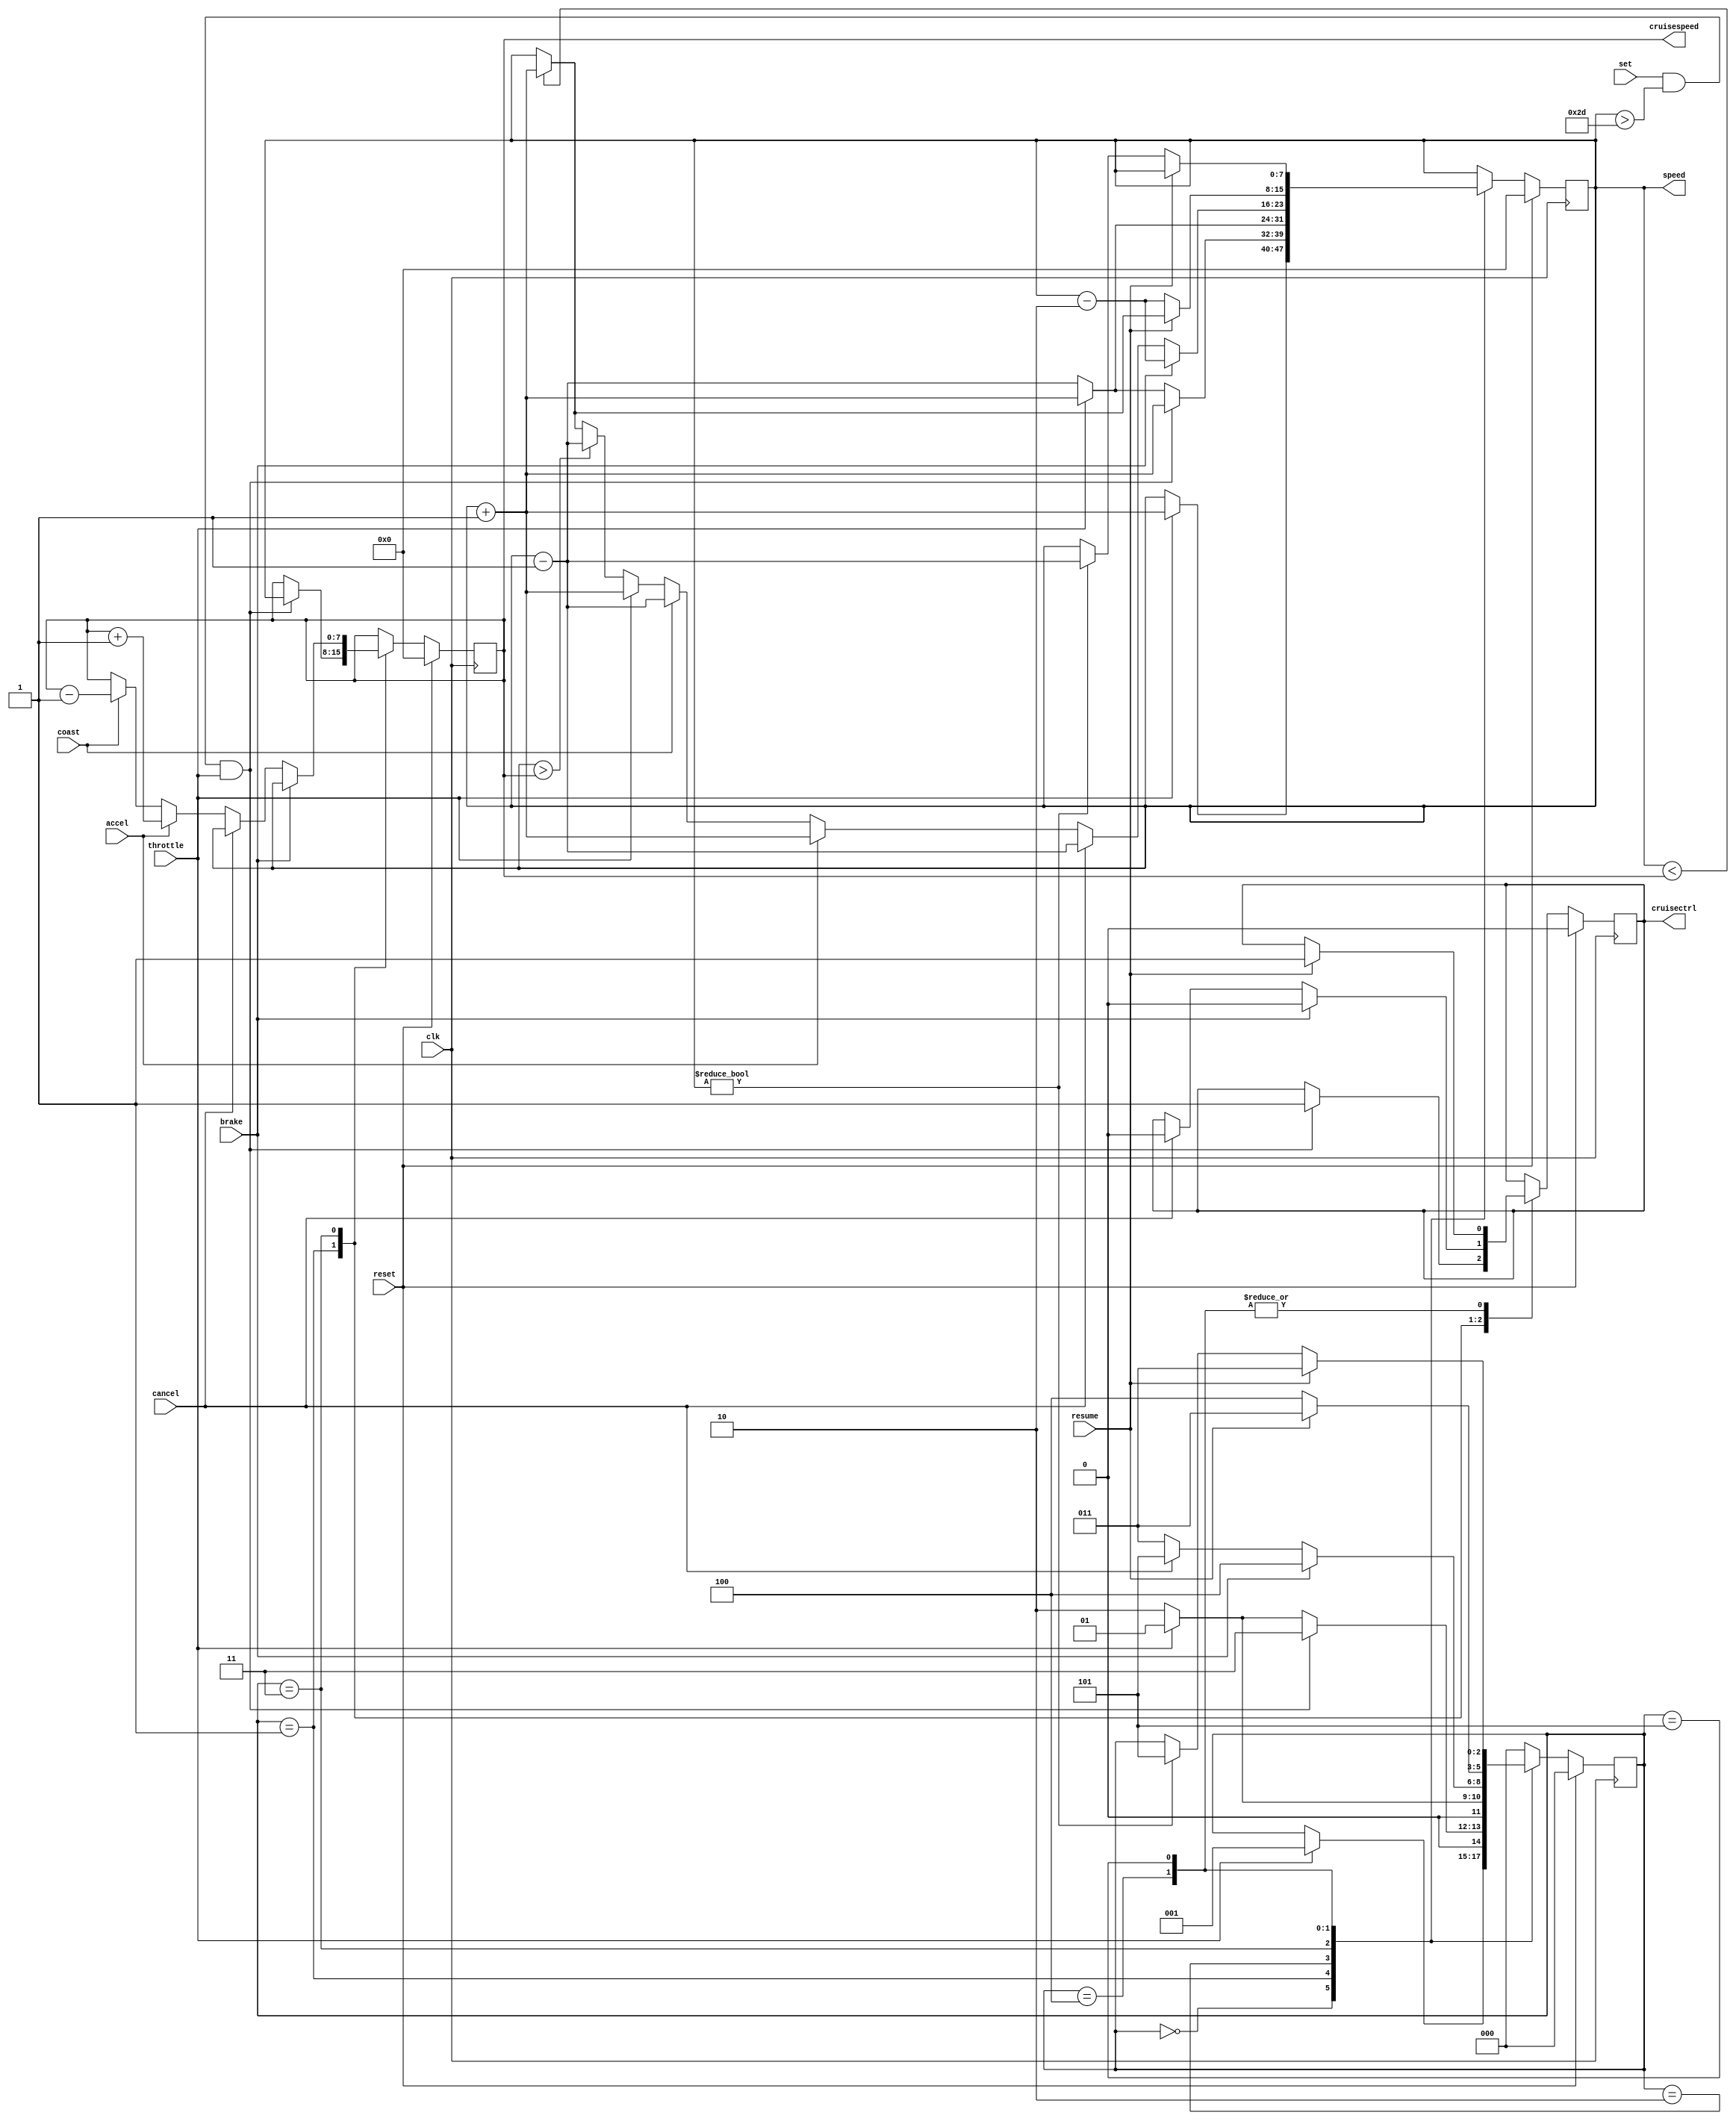
module cruisecontrol(
clk,
reset,
throttle,
set,
accel,
coast,
cancel,
resume,
brake,
speed,
cruisespeed,
cruisectrl
);

//input and outputs
input clk;
input reset;
input throttle;
input set;
input accel;
input coast;
input cancel;
input resume;
input brake;

wire clk;
wire reset;
wire throttle;
wire set;
wire accel;
wire coast;
wire cancel;
wire resume;
wire brake;

output reg [7:0] speed;
output reg [7:0] cruisespeed;
output reg cruisectrl;

reg [2:0] state;

//States of FSM
parameter INIT = 3'b000;
parameter ACC  = 3'b001;
parameter DEC  = 3'b010;
parameter CRCT = 3'b011;
parameter BRK  = 3'b100;
parameter CNCL = 3'b101;

//code starts here
//

always @(posedge clk)
begin
  if(reset == 1'b1) 
     begin
     state <= #1 INIT;
     speed <= 7'b0;
     cruisespeed <= 7'b0;
     cruisectrl <= 0; 
     end 
  else 
      case(state) 
          INIT:if(throttle == 1'b1) 
		  begin
                  state <= #1 ACC;
                  speed <= speed + 1'b1;
                  end
           ACC:if (set == 1'b1 & speed > 7'b0010_1101 & throttle == 1)
                   begin 
                   state <= #1 CRCT;
		   speed <= speed + 1'b1;
		   cruisespeed <= speed;
                   cruisectrl <= 1'b1;
		   end 
	       else if (throttle == 0)
                   begin
          	   state <= #1 DEC;
                   speed <= speed - 1'b1;
		   end
               else
                   begin
                   state <= #1 ACC;
                   speed <= speed + 1'b1;
		   end
           DEC:if (throttle == 1'b1)
		   begin
                   state <= #1 ACC;
                   speed <= speed + 1'b1;
		   end
               else if(throttle == 0)
		   begin
          	   state <= #1 DEC;
                   speed <= speed - 1'b1;
                   end
           CRCT:if(brake == 1'b1)
                   begin 
                   state <= #1 BRK;   
		   speed <= speed - 2'b10;
		   cruisespeed <= speed;
                   cruisectrl <= 1'b0;
  		   end
                else if(cancel == 1'b1)
                   begin
                   state <= #1 CNCL;
		   cruisespeed <= speed;
                   speed <= speed - 1'b1;
                   cruisectrl <= 1'b0;
                   end   
		else if (accel == 1'b1)
                   begin
                   state <= #1 CRCT;
                   cruisespeed <= cruisespeed + 1'b1;
                   speed <= speed + 1'b1;
                   end
                else if (coast == 1'b1)
                   begin
                   state <= #1 CRCT;
                   cruisespeed <= cruisespeed - 1'b1;
                   speed <= speed - 1'b1;
                   end
                else if(throttle == 1'b1)
                   begin
                   state <= #1 CRCT;
                   speed <= speed + 1'b1;
		   end     
                else if(throttle == 1'b0)
                   begin 
                   state <= #1 CRCT;
                        if(speed > cruisespeed)
                          begin
 			  speed = speed - 1'b1;
			  end
                        else if (speed < cruisespeed)
                	begin
                	speed <= speed + 1'b1;
                	end
                   end                 
           BRK:if(resume == 1'b1)
 		begin
		state <= #1 CRCT;
                cruisectrl <= 1'b1;
		if (speed < cruisespeed)
		begin
		speed <= speed + 1'b1;
		end		
		end  
               else  
		 begin
		   state <= #1 BRK;
		   speed <= speed - 2'b10;
		 end
           CNCL:if(resume == 1'b1)
 		begin
		state <= #1 CRCT;
                cruisectrl <= 1'b1;
		end  
               else if (speed != 7'b0) 
		begin
		   state <= #1 CNCL;
		   speed <= speed - 1'b1;
		end
          default: state <= #1 INIT;
endcase
end

endmodule